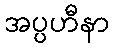
အပ္ပဟီနာ